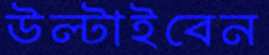
উল্‌টাইবেন